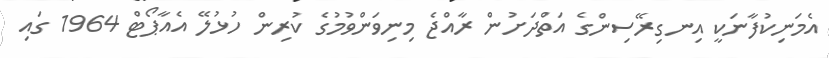
އެމަނިކުފާނަކީ އިނގިރޭސިންގެ އަތްދަށުން ރާއްޖެ މިނިވަންވުމުގެ ކުރިން ހުޅުލޭ އެއާޕޯޓް 1964 ގައި